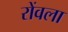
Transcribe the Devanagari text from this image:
रोंवला